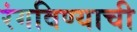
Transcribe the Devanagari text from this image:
रंगविण्याची